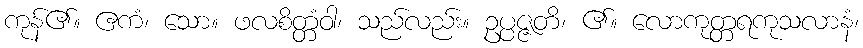
ကုန်၏။ ဧကံ၊ သော။ ဖလစိတ္တံဝါ၊ သည်လည်း။ ဥပ္ပဇ္ဇတိ၊ ၏။ လောကုတ္တရကုသလာနံ၊